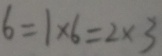
6 = 1 \times 6 = 2 \times 3